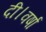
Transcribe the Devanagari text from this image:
दी।वर्षा